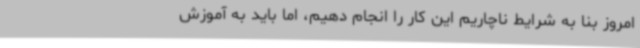
امروز بنا به شرایط ناچاریم این کار را انجام دهیم، اما باید به آموزش